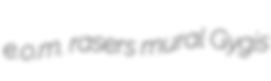
e.o.m. rasers mural Gygis